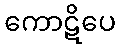
ကောဋိပေ